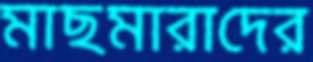
মাছমারাদের